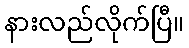
နားလည်လိုက်ပြီ။